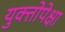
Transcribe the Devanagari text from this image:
युक्तोपेक्षा